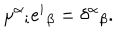
\mu ^ { \alpha } { } _ { i } e ^ { i } { } _ { \beta } = \delta ^ { \alpha } { } _ { \beta } .